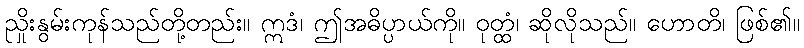
ညှိုးနွမ်းကုန်သည်တို့တည်း။ ဣဒံ၊ ဤအဓိပ္ပာယ်ကို။ ဝုတ္ထံ၊ ဆိုလိုသည်။ ဟောတိ၊ ဖြစ်၏။